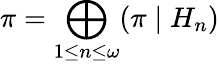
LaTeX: \pi=\bigoplus_{1\leq n\leq\omega}(\pi\mid H_{n})